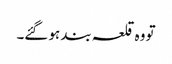
تو وہ قلعہ بند ہو گئے۔